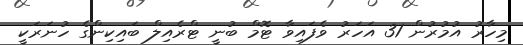
މިހާރު އުމުރުން 31 އަހަރު ވެފައިވާ ޓޮމް ބުނީ ޓްރެއިލް ބައިކިންގެ ހުނަރަކީ